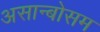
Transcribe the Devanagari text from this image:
असान्बोसम